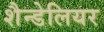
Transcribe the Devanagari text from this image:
शैन्डेलियर